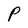
Character: P